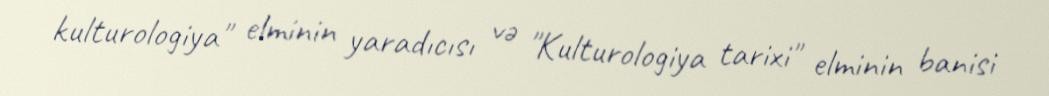
kulturologiya" elminin yaradıcısı və "Kulturologiya tarixi" elminin banisi